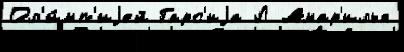
Ол'и́мп'иjей Гарс'иjа Л Амар'илья